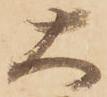
大